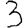
Digit: 3